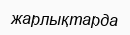
жарлықтарда